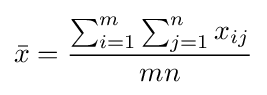
{\bar {x}}={\frac {\sum _{i=1}^{m}\sum _{j=1}^{n}x_{ij}}{mn}}